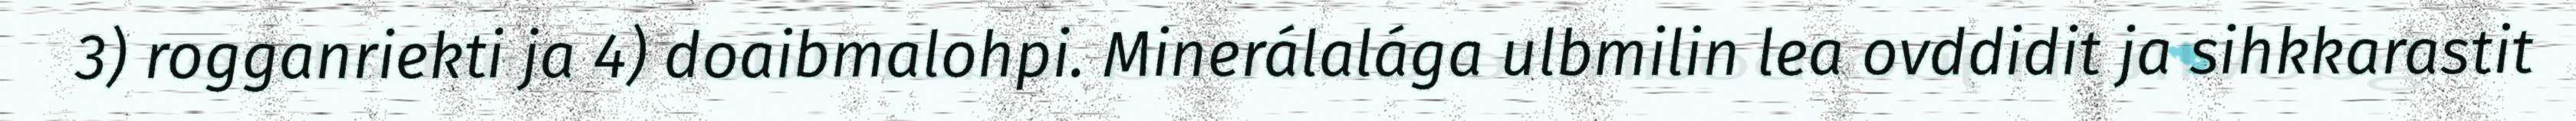
3) rogganriekti ja 4) doaibmalohpi. Minerálalága ulbmilin lea ovddidit ja sihkkarastit